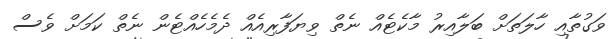
ވަގުތާއި ހާލަތަށް ބަލާއިރު މާކެޓެއް ނެތް ވިޔަފާރިއެއް ދެމެހެއްޓެން ނެތް ކަމަށް ވެސް